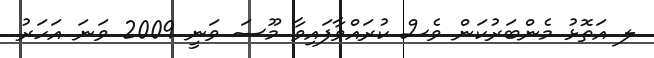
ލ އަތޮޅު މެންބަރުކަން ވެސް ކުރައްވާފައިވާ މޫސަ ވަނީ 2009 ވަނަ އަހަރު